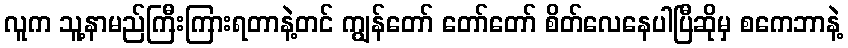
လူက သူ့နာမည်ကြီးကြားရတာနဲ့တင် ကျွန်တော် တော်တော် စိတ်လေနေပါပြီဆိုမှ စကေဘာနဲ့